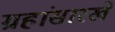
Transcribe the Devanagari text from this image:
ग्रहांसारखे